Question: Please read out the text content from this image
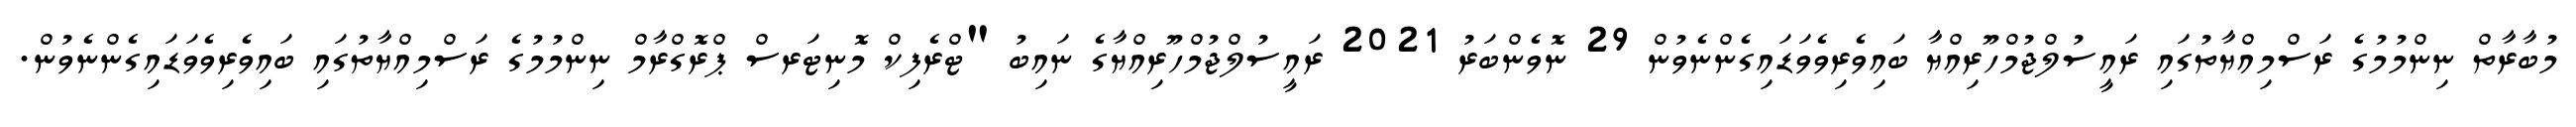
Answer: މުބާރާތް ނިންމުމުގެ ރަސްމިއްޔާތުގައި ރައީސުލްޖުމްހޫރިއްޔާ ބައިވެރިވެވަޑައިގެންނެވުން 29 ނޮވެންބަރު 2021 ރައީސުލްޖުމްހޫރިއްޔާގެ ނައިބު "ޓްރެފިކް މޮނިޓަރސް ޕްރޮގްރާމް ނިންމުމުގެ ރަސްމިއްޔާތުގައި ބައިވެރިވެވަޑައިގެންނެވުން.